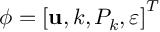
\phi = \left[ \mathbf { u } , k , P _ { k } , \varepsilon \right] ^ { T }